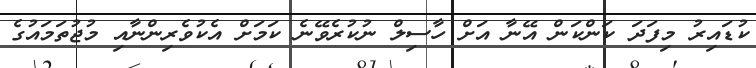
ކުޑައިރު މިފަދަ ކަންކަން އޭނާ އަށް ހާސިލް ނުކުރެވޭނެ ކަމަށް އެކުވެރިންނާއި މުޖުތަމައުގެ